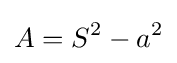
\,\!A=S^{2}-a^{2}